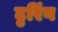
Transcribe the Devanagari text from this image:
टुरिंग